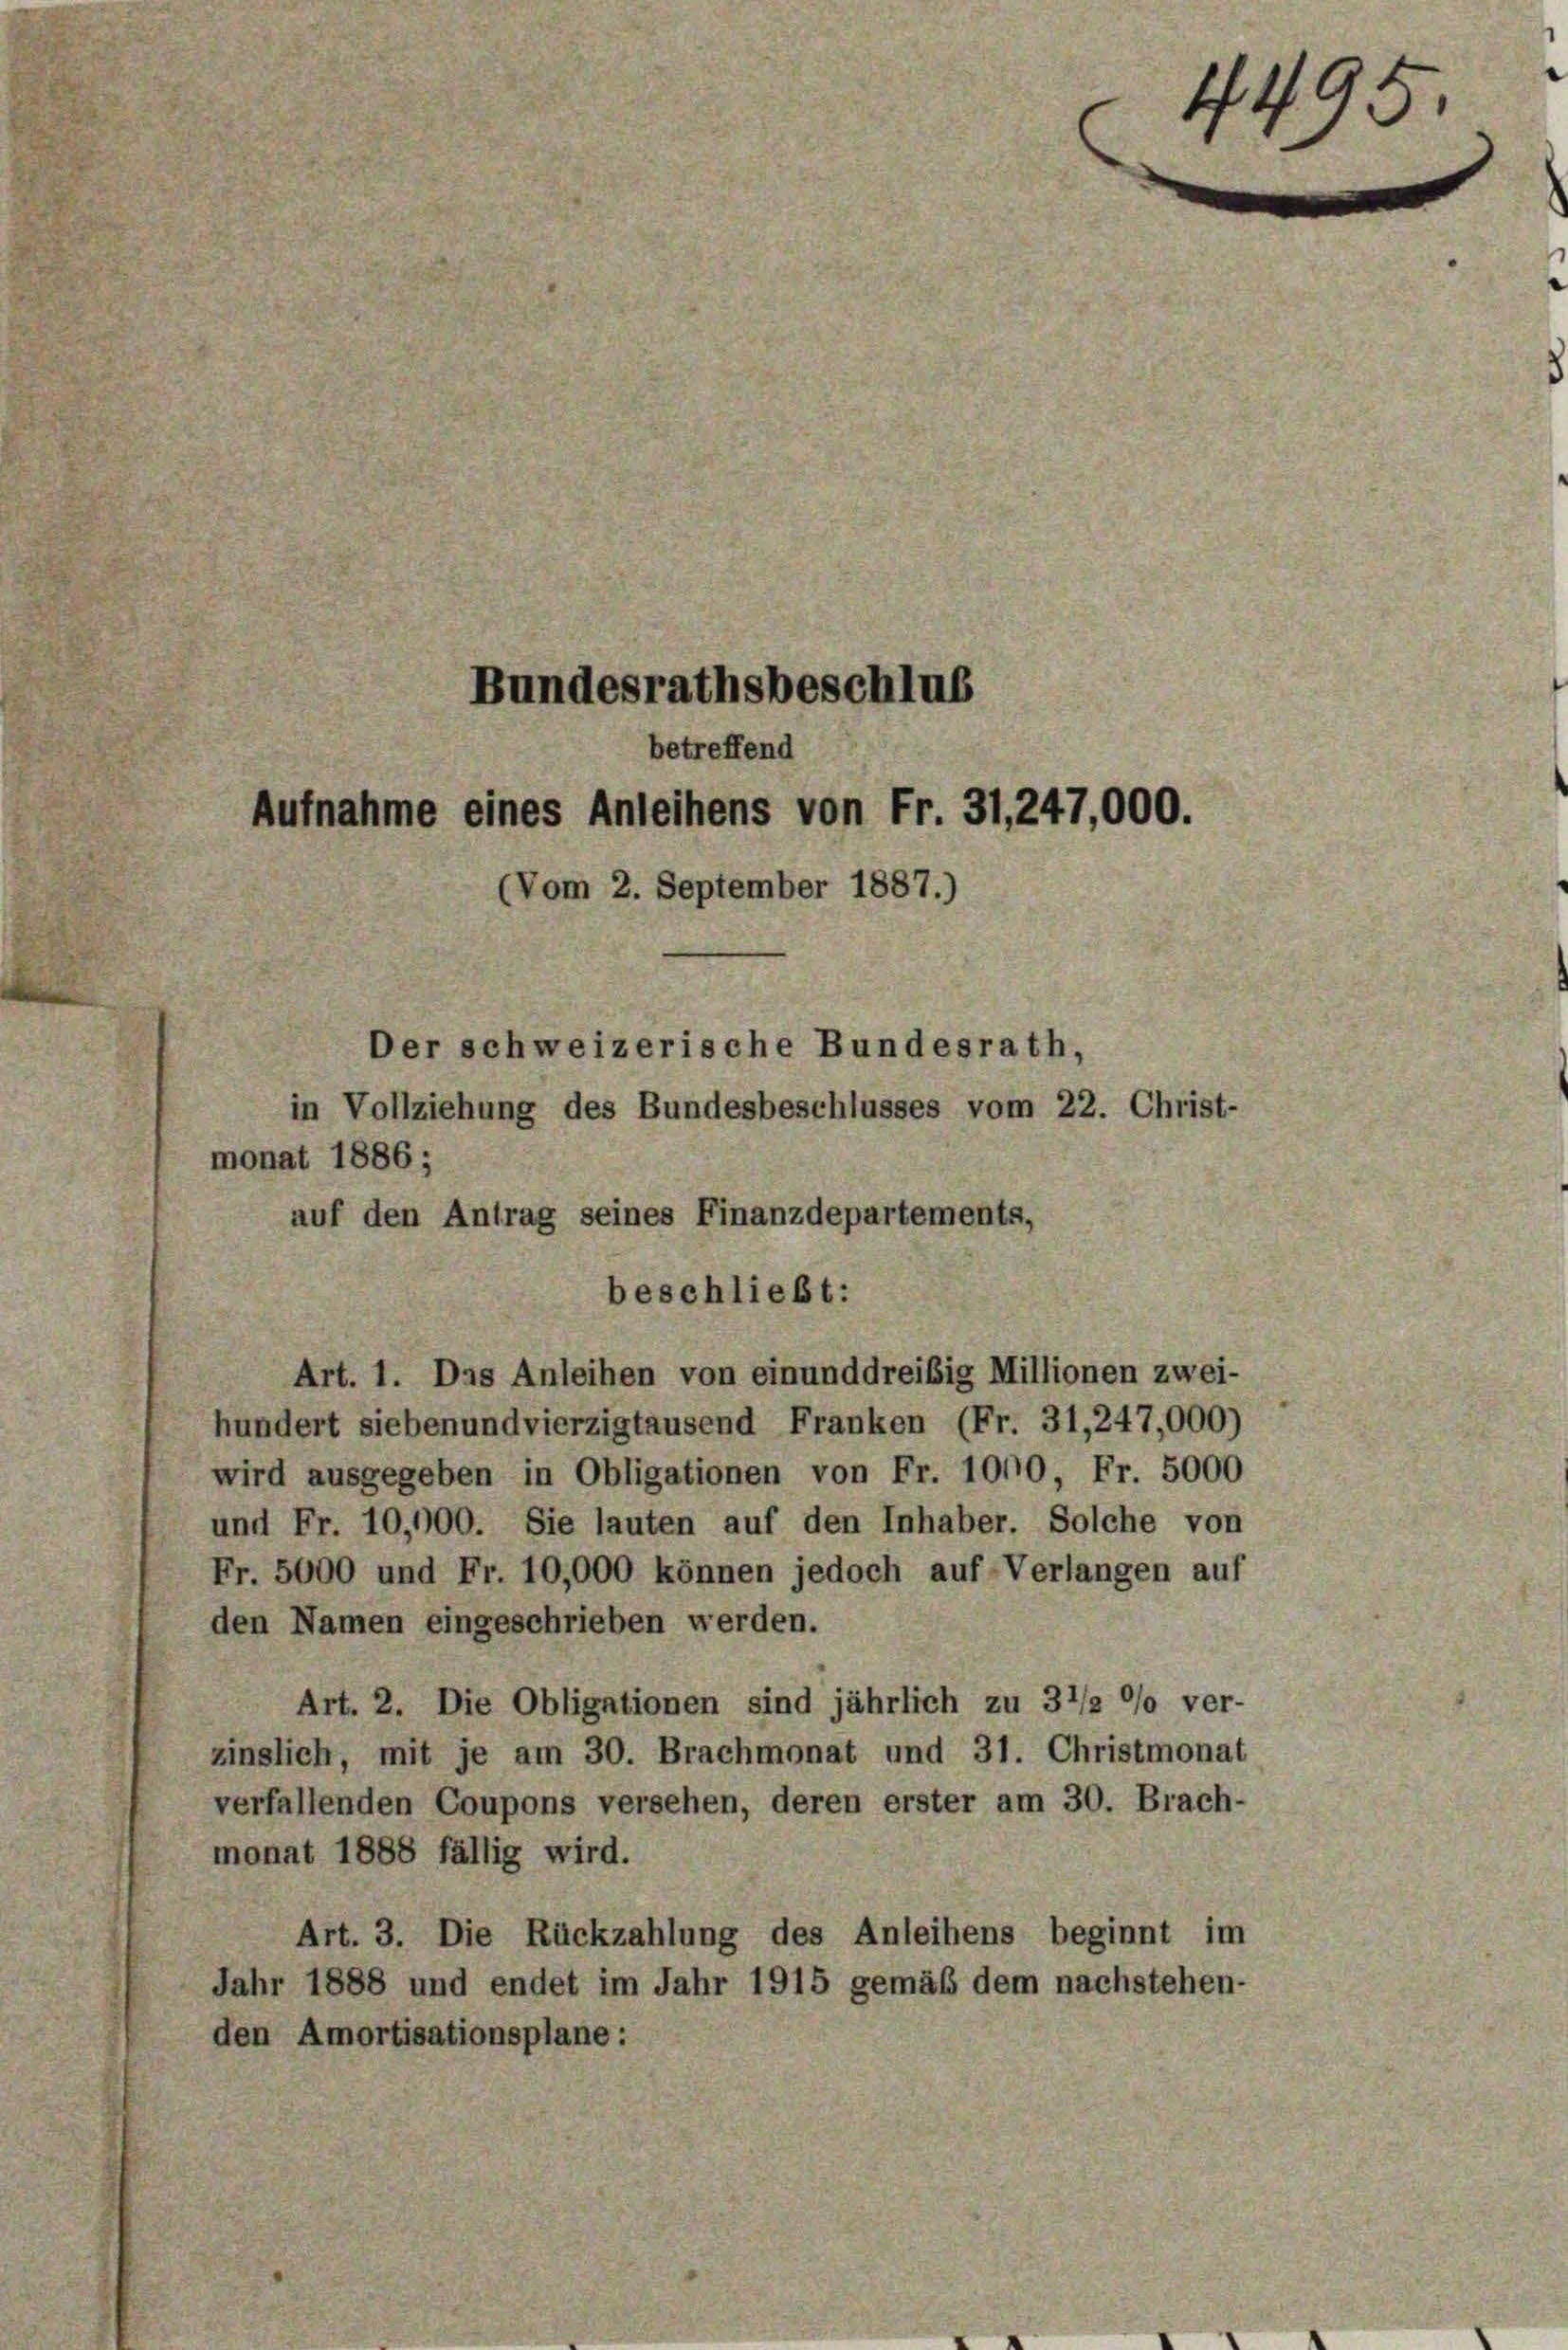
Bundesrathsbeschlus
betreffend
Aufnahme eines Anleihens von Fr. 31, 247,000.
(Vom 2. September 1887.)
Der schweizerische Bundesrath,
in Vollziehung des Bundesbeschlusses vom 22. Christ-
monat 1886;

auf den Antrag seines Finanzdepartements,
Art. 1. Das Anleihen von einunddreisig Millionen zwei-
hundert siebenundvierzigtausend Franken (Fr. 31,247,000)
wird ausgegeben in Obligationen von Fr. 1000 Fr. 5000
und Fr. 10,000. Sie lauten auf den Inhaber. Solche von
Fr. 5000 und Fr. 10,000 können jedoch auf Verlangen auf
den Namen eingeschrieben werden.
Art. 2. Die Obligationen sind jährlich zu 3 1/2 °/o ver-
zinslich, mit je am 30. Brachmonat und 31. Christmonat
verfallenden Coupons versehen, deren erster am 30. Brach-
monat 1888 fällig wird.
Art. 3. Die Rückzahlung des Anleihens beginnt im
Jahr 1888 und endet im Jahr 1915 gemäß dem nachstehen-
den Amortisationsplane :

beschließt:

44
.